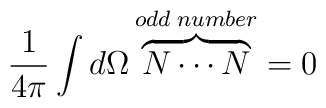
\frac{1}{4\pi}\int d\Omega \overbrace{N\cdots N}^{odd\;number}=0